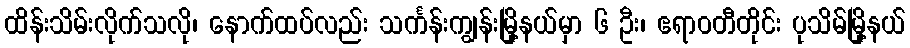
ထိန်းသိမ်းလိုက်သလို၊ နောက်ထပ်လည်း သင်္ကန်းကျွန်းမြို့နယ်မှာ ၆ ဦး၊ ဧရာဝတီတိုင်း ပုသိမ်မြို့နယ်